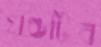
খণ্ডটিত্র